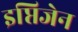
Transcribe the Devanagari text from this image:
इप्तिजेन